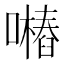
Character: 𱕖